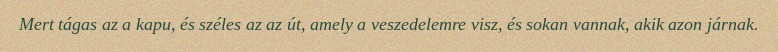
Mert tágas az a kapu, és széles az az út, amely a veszedelemre visz, és sokan vannak, akik azon járnak.